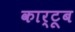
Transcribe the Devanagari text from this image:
कार्टूब